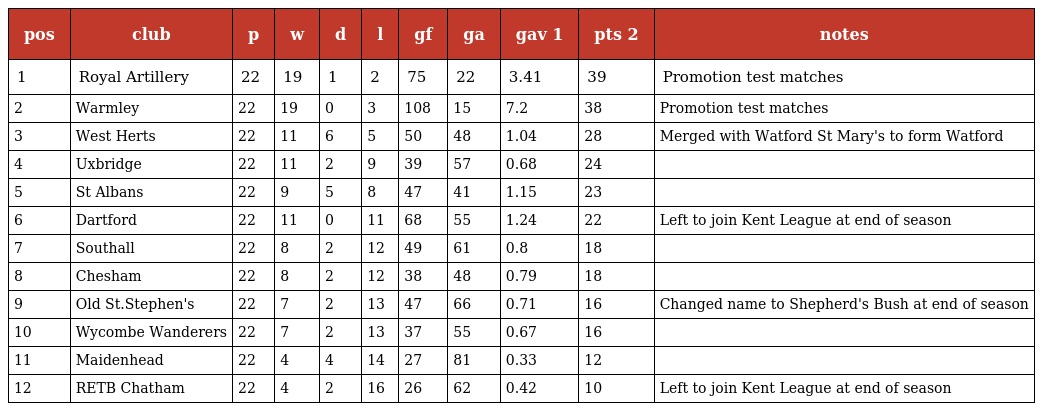
| pos | club | p | w | d | l | gf | ga | gav 1 | pts 2 | notes |
 | --- | --- | --- | --- | --- | --- | --- | --- | --- | --- | --- |
 | 1 | Royal Artillery | 22 | 19 | 1 | 2 | 75 | 22 | 3.41 | 39 | Promotion test matches |
 | 2 | Warmley | 22 | 19 | 0 | 3 | 108 | 15 | 7.2 | 38 | Promotion test matches |
 | 3 | West Herts | 22 | 11 | 6 | 5 | 50 | 48 | 1.04 | 28 | Merged with Watford St Mary's to form Watford |
 | 4 | Uxbridge | 22 | 11 | 2 | 9 | 39 | 57 | 0.68 | 24 |  |
 | 5 | St Albans | 22 | 9 | 5 | 8 | 47 | 41 | 1.15 | 23 |  |
 | 6 | Dartford | 22 | 11 | 0 | 11 | 68 | 55 | 1.24 | 22 | Left to join Kent League at end of season |
 | 7 | Southall | 22 | 8 | 2 | 12 | 49 | 61 | 0.8 | 18 |  |
 | 8 | Chesham | 22 | 8 | 2 | 12 | 38 | 48 | 0.79 | 18 |  |
 | 9 | Old St.Stephen's | 22 | 7 | 2 | 13 | 47 | 66 | 0.71 | 16 | Changed name to Shepherd's Bush at end of season |
 | 10 | Wycombe Wanderers | 22 | 7 | 2 | 13 | 37 | 55 | 0.67 | 16 |  |
 | 11 | Maidenhead | 22 | 4 | 4 | 14 | 27 | 81 | 0.33 | 12 |  |
 | 12 | RETB Chatham | 22 | 4 | 2 | 16 | 26 | 62 | 0.42 | 10 | Left to join Kent League at end of season |